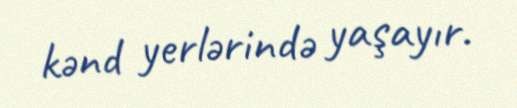
kənd yerlərində yaşayır.